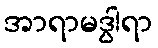
အာရာမဒွါရာ